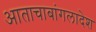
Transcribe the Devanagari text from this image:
आताचाबांगलादेश